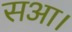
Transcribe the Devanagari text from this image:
सआ।